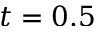
t = 0 . 5